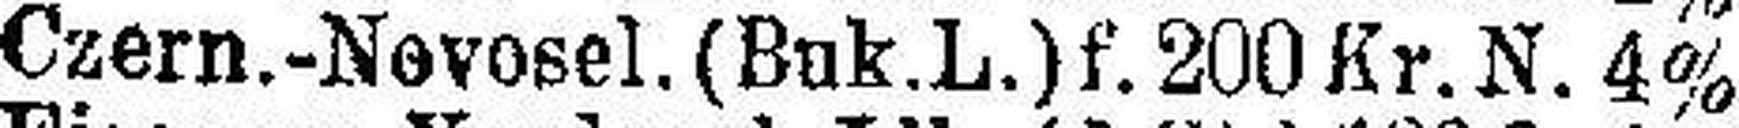
Czern.-Novosel. (Buk.L.) f. 200 Kr. N. 4%